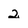
Character: 2